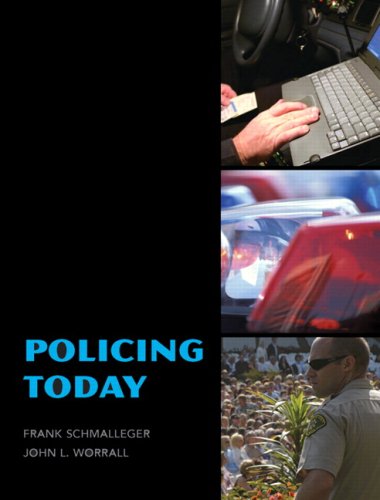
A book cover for Policing Today; Frank Schmalleger; Law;